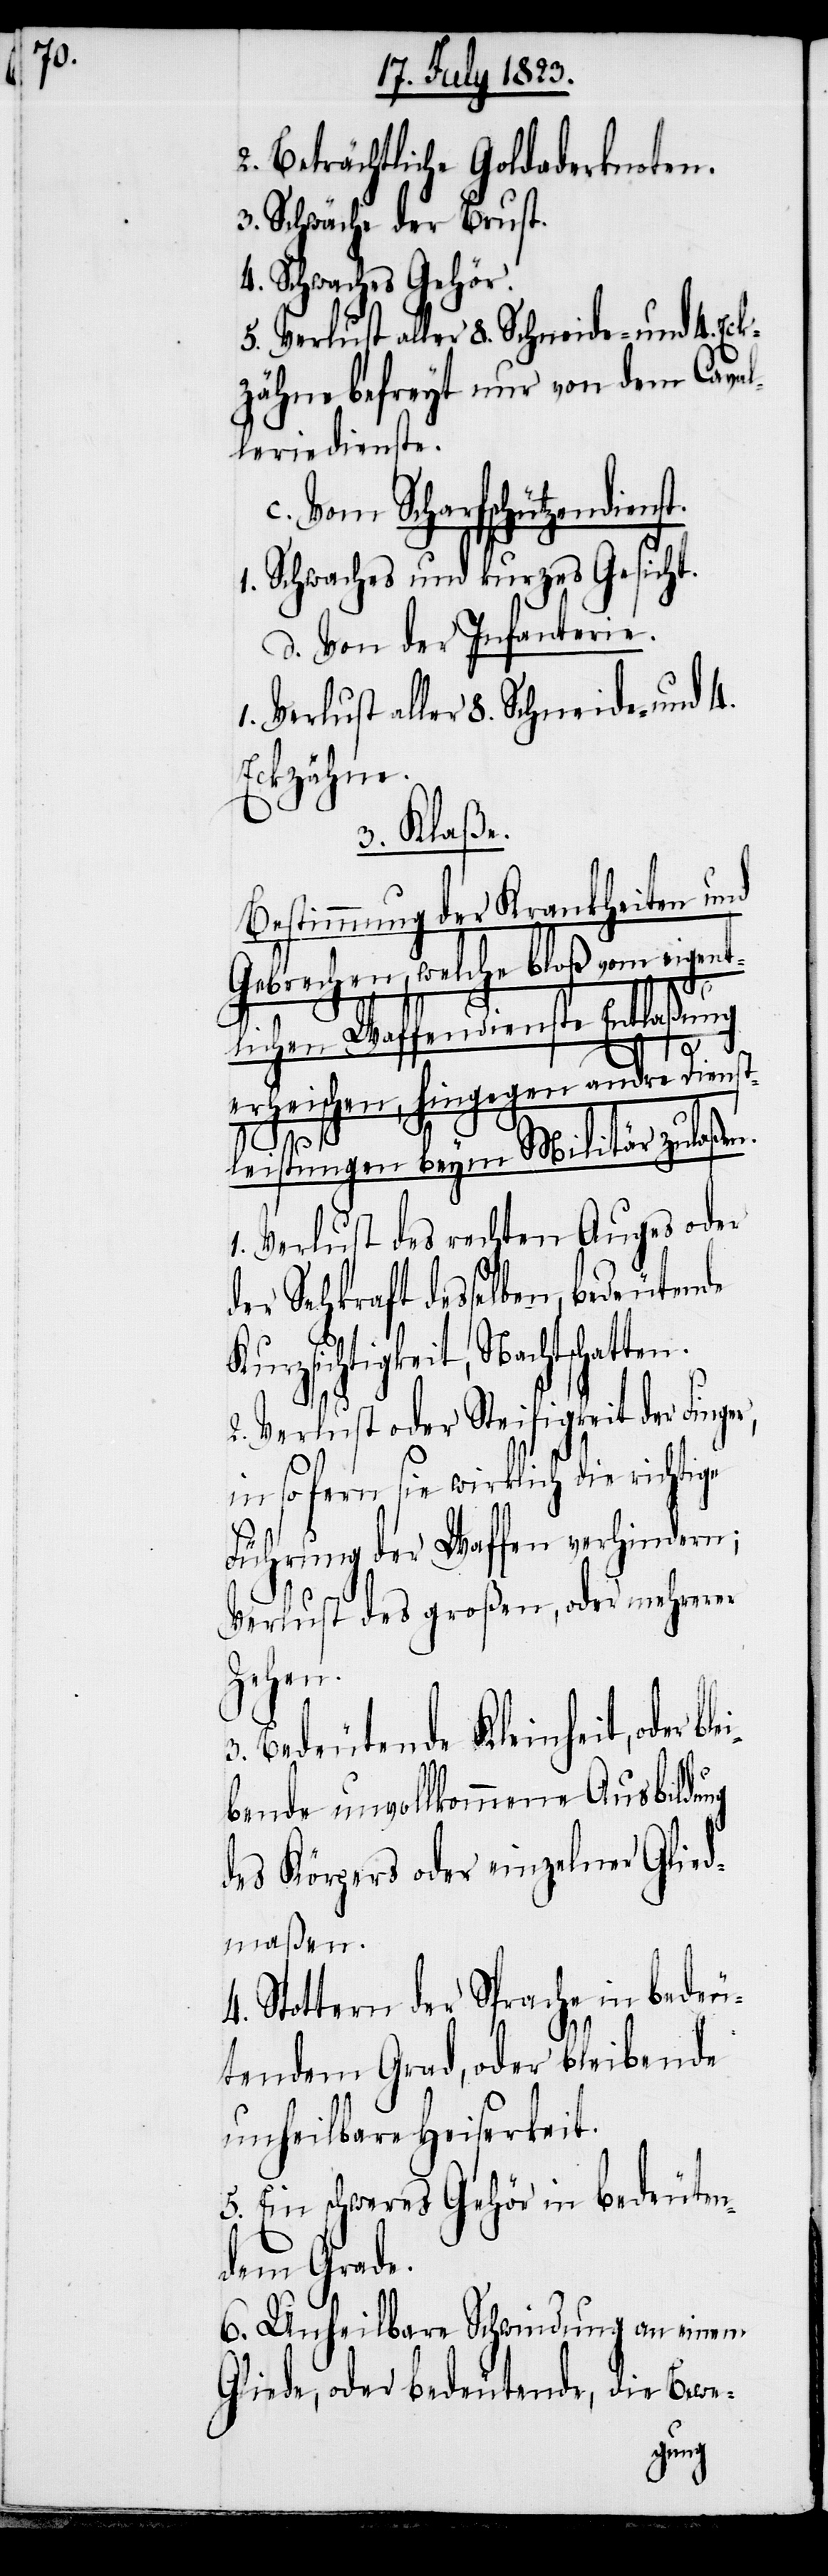
2. Beträchtliche Goldaderknoten.
3. Schwäche der Brust.
4. Schwaches Gehör.
5. Verlust aller 8. Schneide- und 4. Ec¬
kzähne befreyt nur von dem Caval¬
leriedienste.
c. Vom Scharfschützendienst.
1. Schwaches und kurzes Gesicht.
d. Von der Infanterie.
1. Verlust aller 8. Schneide- und 4.
Eckzähne.
3. Klaße.
Bestimmung der Krankheiten und
Gebrechen, welche bloß vom eigent¬
K¬
lichen Waffendienste Entlaßung
erheischen, hingegen andre
tleistungen beym Militär zulaßen.
1. Verlust des rechten Auges oder
der Sehkraft desselben, bedeutende
urzsichtigkeit, Nachtschat¬
2. Verlust oder Steifigkeit der Finger,
in so fern sie wirklich die richtige
Führung der Waffen verhindern;
Verlust des großen, oder mehrerer
Zehen.
3. Bedeutende Kleinheit, oder bl¬
bende unvollkommene Ausbildung
des Körpers oder einzelner Glied¬
maßen.
4. Stottern der Sprache in bedeu¬
tendem Grad, oder bleibende
unheilbare Heiserkeit.
5. Ein schweres Gehör in bedeuten¬
dem Grade.
6. Unheilbare Schwindung an einem
Gliede, oder bedeutende, die Bewe-
ei¬